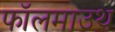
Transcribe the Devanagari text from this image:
फॉलमाउथ